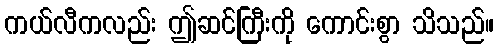
ကယ်လီကလည်း ဤဆင်ကြီးကို ကောင်းစွာ သိသည်။